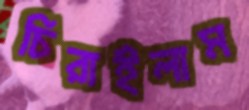
চিরাইলাম